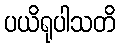
ပယိရုပါသတိ